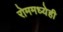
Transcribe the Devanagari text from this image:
रोममध्येही